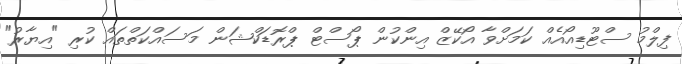
ފިލްމު ސްޓޫޑިއޯއެއް ކަމަށްވާ އޯކޭޒް އިންކުން ޕޯސްޓް ޕްރޮޑަކްޝަން މަސައްކަތްތައް ކުރި "އިޔާރު"